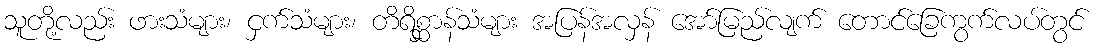
သူတို့လည်း ဖားသံများ၊ ငှက်သံများ၊ တိရိစ္ဆာန်သံများ အပြန်အလှန် အော်မြည်လျက် တောင်ခြေကွက်လပ်တွင်